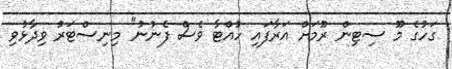
ގަހުގެ މޫ ސިޓިން ރޫމަށް އަރާފައި ހުއްޓާ ވެސް ފެނުނު" މިނިސްޓަރު ވިދާޅުވި